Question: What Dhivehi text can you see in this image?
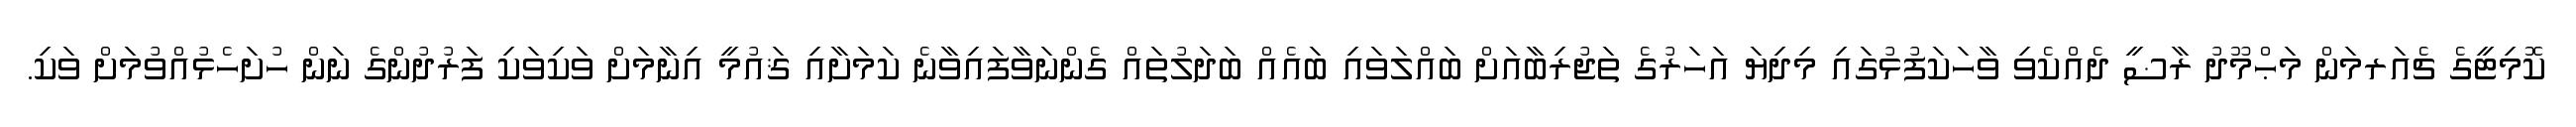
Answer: ކޮމިޓީގެ ޗެއަރމަން މަޙްމޫދު ރާޟީ ދެއްކެވި ވާހަކަފުޅުގައި މިދިޔަ އަހަރުގެ ތަޖުރިބާއަށް ބައްލަވައި ބައެއް ބަދަލުތައް ގެންނަވާފައިވާނެ ކަމަށާއި ޤައުމީ އިނާމަށް ވަކިވަކި ފަރުދުންގެ ނަން ހުށަހެޅުއްވުމަށް ވަކި.